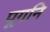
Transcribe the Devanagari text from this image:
पूगनि